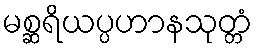
မစ္ဆရိယပ္ပဟာနသုတ္တံ